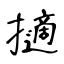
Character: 擿